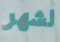
لشهر